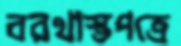
বরখাস্তপত্রে